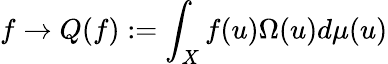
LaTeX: f\rightarrow Q(f):=\int_{X}f(u)\Omega(u)d\mu(u)